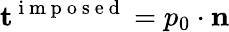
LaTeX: \mathbf{t}^{\mathrm{~i~m~p~o~s~e~d~}}=p_{0}\cdot\mathbf{n}